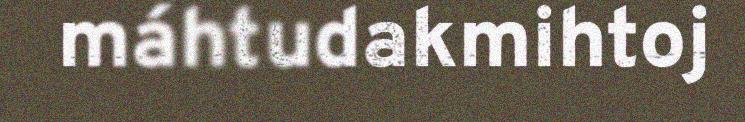
máhtudakmihtoj